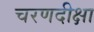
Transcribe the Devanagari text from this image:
चरणदीक्षा